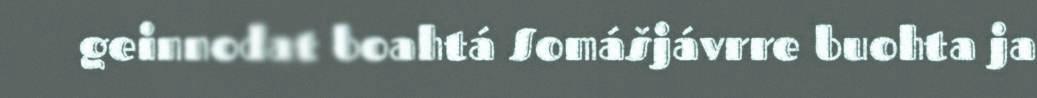
geinnodat boahtá Somášjávrre buohta ja